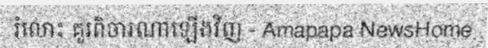
រំលោះ គួរពិចារណាឡើងវិញ - Amapapa NewsHome